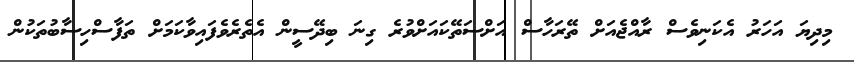
މިދިޔަ އަހަރު އެކަނިވެސް ރާއްޖެއަށް ތޭރަހާސް އަށްސަތޭކައަށްވުރެ ގިނަ ބިދޭސީން އެތެރެވެފައިވާކަމަށް ތަފާސްހިސާބުތަކުން